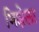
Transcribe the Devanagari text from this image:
भिक्षेला